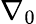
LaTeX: \nabla_{0}